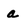
Character: a